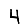
Digit: 4